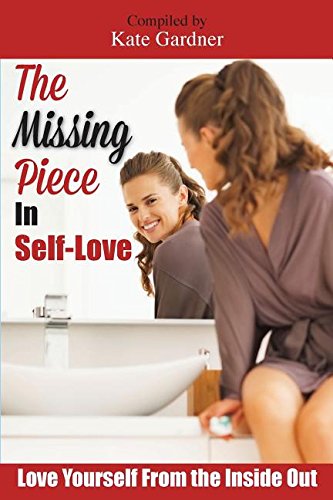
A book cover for The Missing Piece in Self-Love: Love Yourself From the Inside Out; Pam Robertson; Religion & Spirituality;